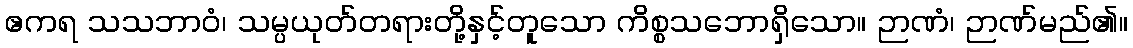
ဧကရ သသဘာဝံ၊ သမ္ပယုတ်တရားတို့နှင့်တူသော ကိစ္စသဘောရှိသော။ ဉာဏံ၊ ဉာဏ်မည်၏။